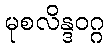
မုစလိန္ဒဝဂ္ဂ